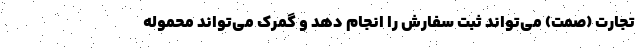
تجارت (صمت) می‌تواند ثبت سفارش را انجام دهد و گمرک می‌تواند محموله